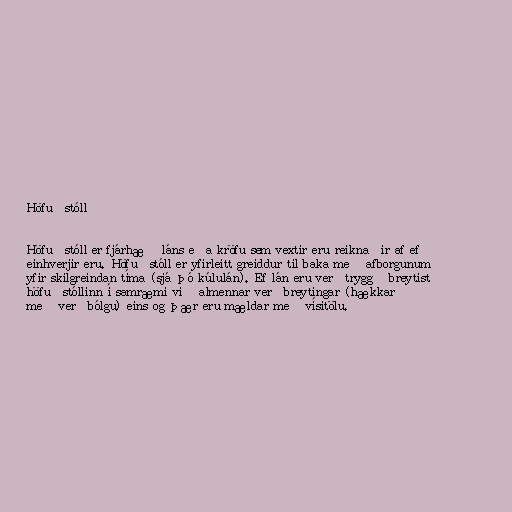
Höfuðstóll

Höfuðstóll er fjárhæð láns eða kröfu sem vextir eru reiknaðir af ef
einhverjir eru. Höfuðstóll er yfirleitt greiddur til baka með afborgunum
yfir skilgreindan tíma (sjá þó kúlulán). Ef lán eru verðtryggð breytist
höfuðstóllinn í samræmi við almennar verðbreytingar (hækkar
með verðbólgu) eins og þær eru mældar með vísitölu.